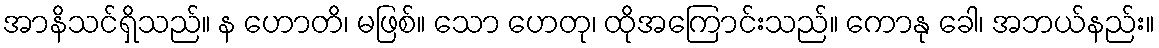
အာနိသင်ရှိသည်။ န ဟောတိ၊ မဖြစ်။ သော ဟေတု၊ ထိုအကြောင်းသည်။ ကောနု ခေါ၊ အဘယ်နည်း။